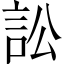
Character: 訟